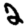
Digit: 2